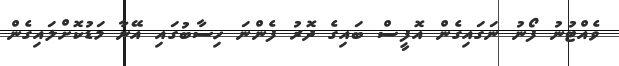
ވެއްޓުނު ފޯނު ނަގައިގެން އޮފީސް ބައިގެ ދޮރު ފެންނަ ހިސާބުގައި އޭނާ މަޑުކޮށްލައިގެން